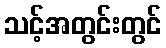
သင့်အတွင်းတွင်